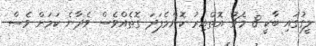
ލީގުގައި ބާކީ 8 މެޗު އޮތްއިރު ކޮންމެފަދަ ގޮތެއްވެސް ވެދާނެ ކަމަށް ވެސް